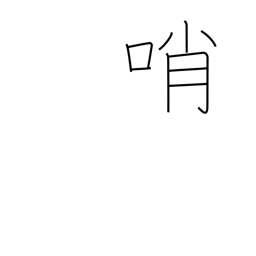
Meaning: sentinel